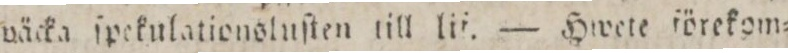
wäcka ſpekulationsluſten till lit. — Hwete förekom=